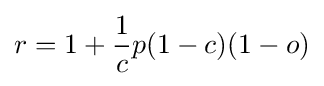
r=1+{\frac {1}{c}}p(1-c)(1-o)